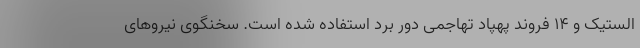
الستیک و ۱۴ فروند پهپاد تهاجمی دور برد استفاده شده است. سخنگوی نیروهای